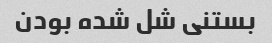
بستنی شل شده بودن